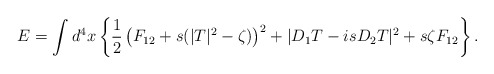
\begin{align*}E = \int d^4x \left\{ \frac12 \left(F_{12}+s(|T|^2-\zeta)\right)^2+|D_1T-isD_2T|^2 + s\zeta F_{12} \right\}.\end{align*}